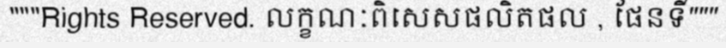
"""Rights Reserved. លក្ខណៈពិសេសផលិតផល , ផែនទី"""